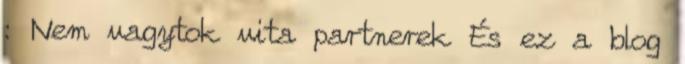
: Nem vagytok vita partnerek És ez a blog